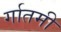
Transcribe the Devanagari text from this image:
र्गातमी